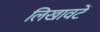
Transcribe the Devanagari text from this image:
लिखावटें